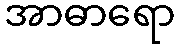
အာဓာရော